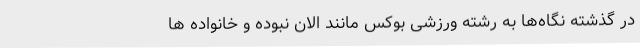
در گذشته نگاه‌ها به رشته ورزشی بوکس مانند الان نبوده و خانواده ها